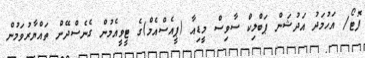
ފޮޓޯ/ އަހުމަދު އަދުޝަން ޕަބްލިކް ސާވިސް މީޑިއާ (ޕީއެސްއެމް)ގެ ޓީވީއެމުން ގެނެސްދޭން ތައްޔާރުވަމުން